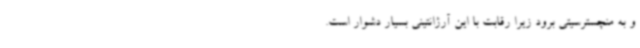
و به منچسترسیتی برود زیرا رقابت با این آرژانتینی بسیار دشوار است.